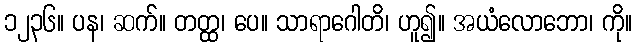
၁၂၃၆။ ပန၊ ဆက်။ တတ္ထ၊ ပေ။ သာရာဂေါတိ၊ ဟူ၍။ အယံလောဘော၊ ကို။